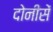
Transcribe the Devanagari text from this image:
दोनीसें